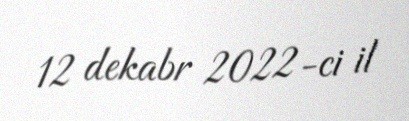
12 dekabr 2022-ci il